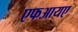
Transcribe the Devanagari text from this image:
एफआयए